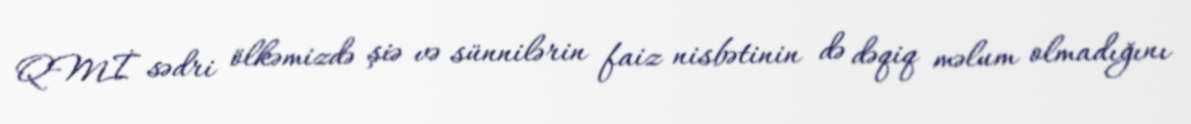
QMİ sədri ölkəmizdə şiə və sünnilərin faiz nisbətinin də dəqiq məlum olmadığını